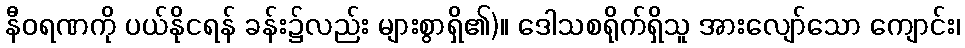
နီဝရဏကို ပယ်နိုငရန် ခန်း၌လည်း များစွာရှိ၏)။ ဒေါသစရိုက်ရှိသူ အားလျော်သော ကျောင်း၊